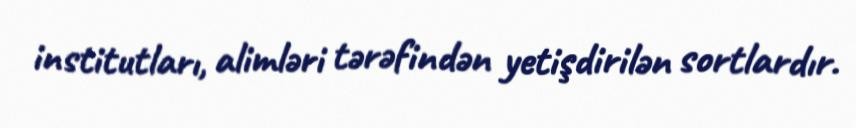
institutları, alimləri tərəfindən yetişdirilən sortlardır.